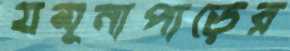
যমুনাপাড়ের